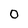
Character: 0